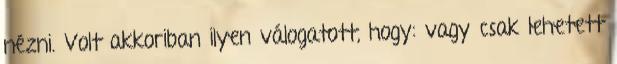
nézni. Volt akkoriban ilyen válogatott, hogy: vagy csak lehetett